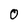
Character: 0